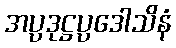
အပ္ပဒုဋ္ဌပ္ပဒေါသိနံ